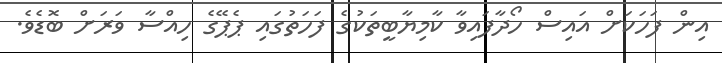
އިން ފަހަކަށް އައިސް ހޯދާފައިވާ ކާމިޔާބީތަކުގެ ފަހަތުގައި ޕެޕޭގެ ހިއްސާ ވަރަށް ބޮޑެވެ.